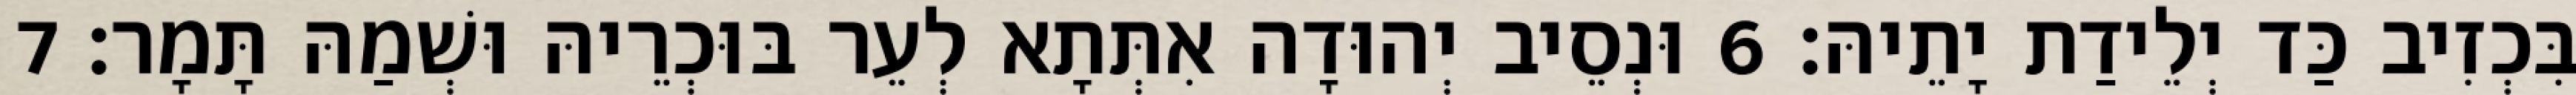
בִּכְזִיב כַּד יְלֵידַת יָתֵיהּ׃ 6 וּנְסֵיב יְהוּדָה אִתְּתָא לְעֵר בּוּכְרֵיהּ וּשְׁמַהּ תָּמָר׃ 7